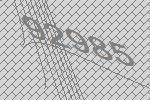
92985